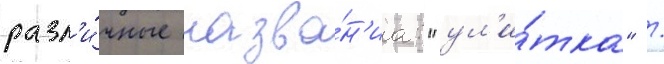
разл'и́чные назва́н'иа: "ул'и́тка" /